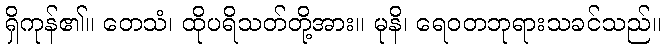
ရှိကုန်၏။ တေသံ၊ ထိုပရိသတ်တို့အား။ မုနိ၊ ရေဝတဘုရားသခင်သည်။